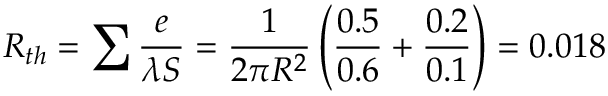
R _ { t h } = \sum \frac { e } { \lambda S } = \frac { 1 } { 2 \pi R ^ { 2 } } \left( \frac { 0 . 5 } { 0 . 6 } + \frac { 0 . 2 } { 0 . 1 } \right) = 0 . 0 1 8